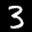
Label: 3